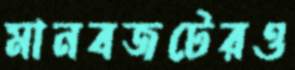
মানবজটেরও